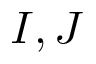
I , J